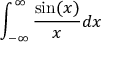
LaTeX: \int _ { - \infty } ^ { \infty } { \frac { \sin ( x ) } { x } } d x